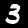
Digit: 3